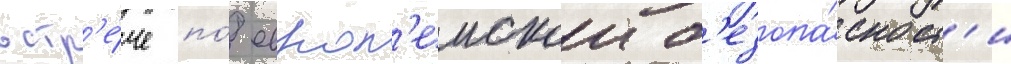
встр'е́че по́ европ'еискои б'езопа́сност'и